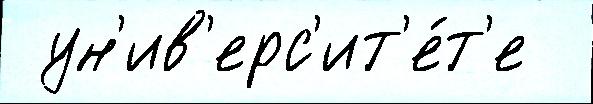
 ун'ив'ерс'ит'е́т'е